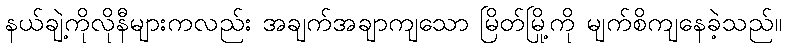
နယ်ချဲ့ကိုလိုနီများကလည်း အချက်အချာကျသော မြိတ်မြို့ကို မျက်စိကျနေခဲ့သည်။